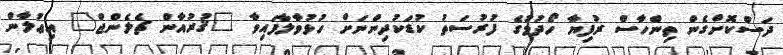
ދަސްކޮށްގެން ތިންހާސް ރުފިޔާ ހޯދުމުގެ ފުރުސަތު ކުޑަކުދިންނަށް ހުޅުވާލާފައިވާ "ޤުރުއާން ޗެލެންޖް" އިޢުލާން